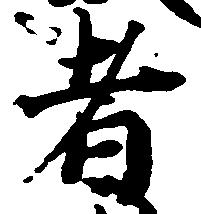
者